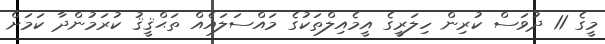
މީގެ 11 ދުވަސް ކުރިން ހިލަރީގެ އީމެއިލްތަކުގެ މައްސަލައެއް ތަޙްޤީޤު ކުރަމުންދާ ކަމަށް